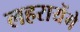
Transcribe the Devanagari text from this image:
लहरायेंगे